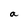
Character: a